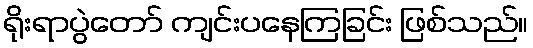
ရိုးရာပွဲတော် ကျင်းပနေကြခြင်း ဖြစ်သည်။